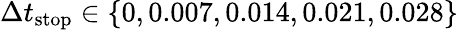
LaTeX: \Delta t_{\mathrm{stop}}\in\{ 0,0.007,0.014,0.021,0.028\}